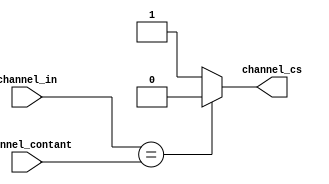
module ChannelCh(
					input [7 : 0] channel_contant,
					input [7 : 0] channel_in,
					
					output channel_cs					
					
					);
					
	assign channel_cs = channel_in== (channel_contant) ? 1'b0 : 1'b1;
	
endmodule